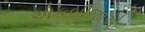
એકબીજાએ